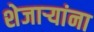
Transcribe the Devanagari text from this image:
शेजाऱ्यांना